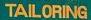
tailoring